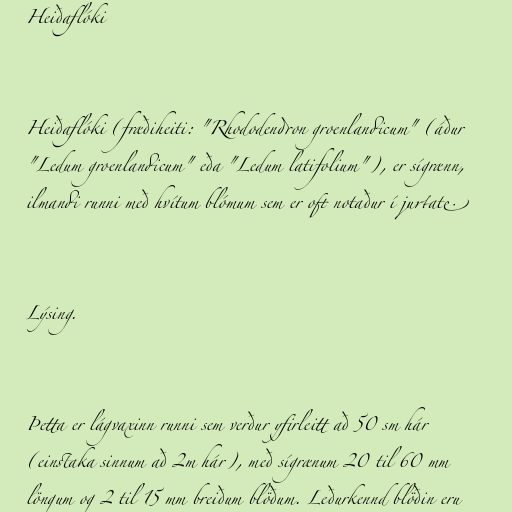
Heiðaflóki

Heiðaflóki (fræðiheiti: "Rhododendron groenlandicum" (áður
"Ledum groenlandicum" eða "Ledum latifolium"), er sígrænn,
ilmandi runni með hvítum blómum sem er oft notaður í jurtate.

Lýsing.

Þetta er lágvaxinn runni sem verður yfirleitt að 50 sm hár
(einstaka sinnum að 2m hár), með sígrænum 20 til 60 mm
löngum og 2 til 15 mm breiðum blöðum. Leðurkennd blöðin eru